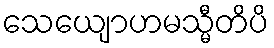
သေယျောဟမသ္မီတိပိ